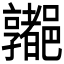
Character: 𰼁